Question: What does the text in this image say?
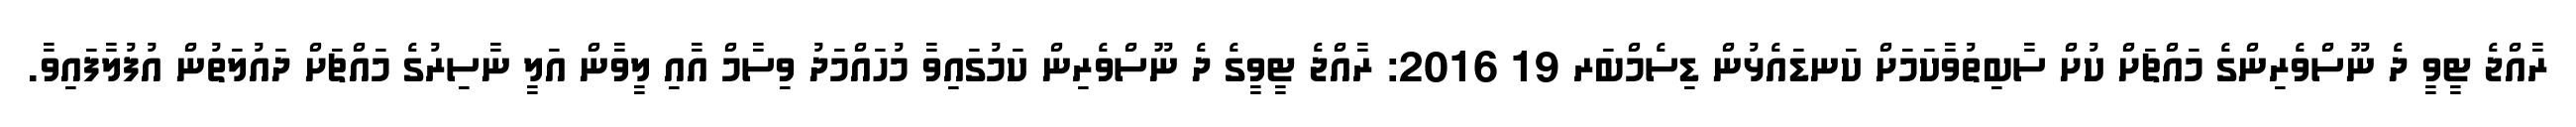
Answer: ރާއްޖެ ޓީވީ ދެ ނޫސްވެރިންގެ މައްޗަށް ކުށް ސާބިތުވާކަމަށް ކަނޑައެޅުން ޑިސެމްބަރ 19 2016: ރާއްޖެ ޓީވީގެ ދެ ނޫސްވެރިން ކަމުގައިވާ މުހައްމަދު ވިސާމް އާއި ލީވާން އަލީ ނާސިރުގެ މައްޗަށް ދައުލަތުން އުފުލާފައިވާ.